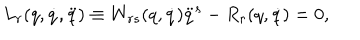
LaTeX: L _ { r } ( q , \dot { q } , \ddot { q } ) \equiv W _ { r s } ( q , \dot { q } ) \ddot { q } ^ { s } - R _ { r } ( q , \dot { q } ) = 0 ,